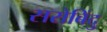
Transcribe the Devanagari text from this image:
सरोबिंदु